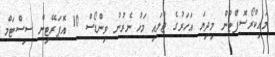
މައިކްރޯސޮފްޓުން މިދިޔަ އަހަރުގެ ޖުލައި މަހު ނެރުނު ވިންޑޯސް 10 އޮޕަރޭޓިން ސިސްޓަމް